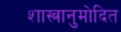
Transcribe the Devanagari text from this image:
शास्त्रानुमोदित